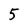
Character: 5